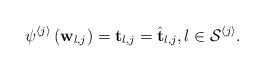
LaTeX: \begin{align*}\psi^{\left\langle j\right\rangle }\left(\mathbf{w}_{l,j}\right)=\mathbf{t}_{l,j}=\hat{\mathbf{t}}_{l,j},l\in\mathcal{S}^{\left\langle j\right\rangle }.\end{align*}